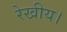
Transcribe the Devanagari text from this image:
रेखीय।